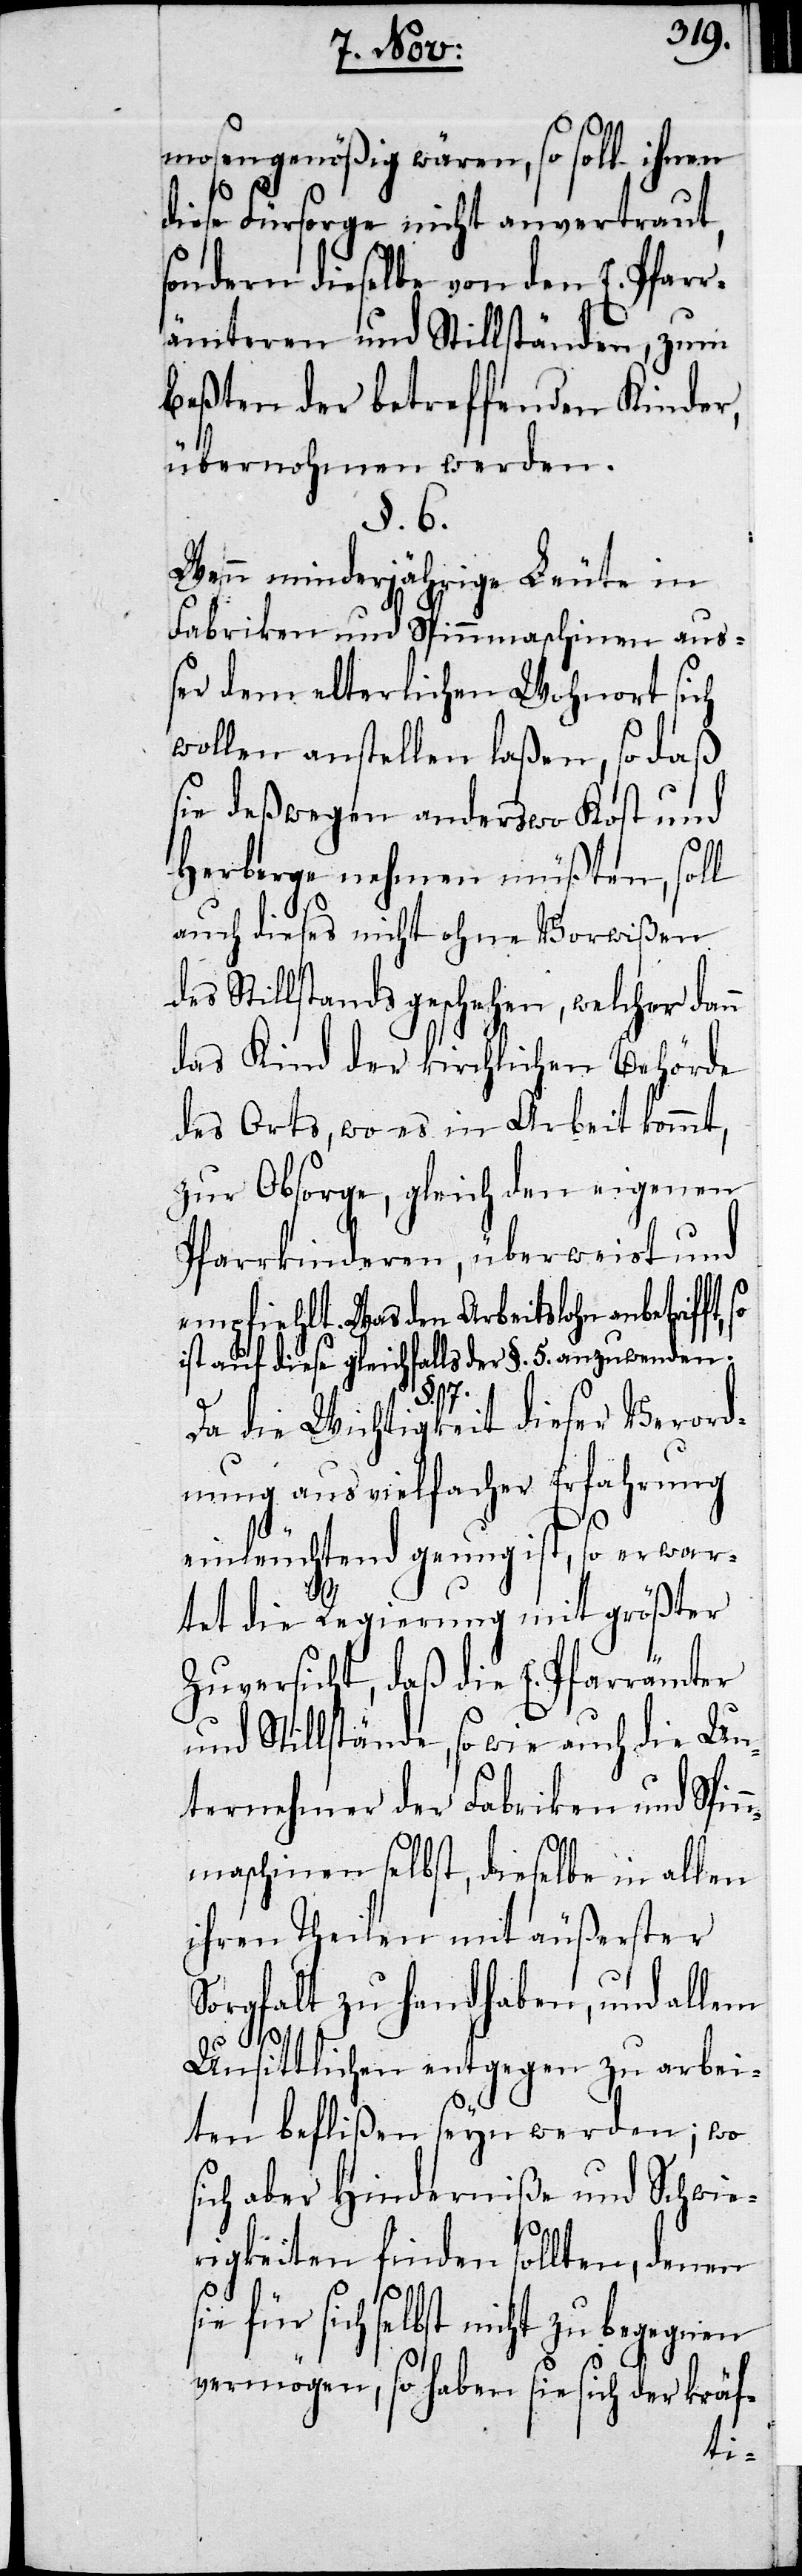
mosengenößig wären, so soll ihnen
diese Fürsorge nicht anvertraut,
sondern dieselbe von den E. Pfarr¬
ämteren und Stillständen, zum
Beßten der betreffenden Kinder,
übernohmen werden.
§. 6.
Wenn minderjährige Leute in
Fabriken und Spinnmaschinen au¬
ßer dem elterlichen Wohnort sich
wollen anstellen laßen, so daß
sie deßwegen anderswo Kost und
Herberge nehmen müßten, soll
auch dieses nicht ohne Vorwißen
des Stillstands geschehen, welcher dann
das Kind der kirchlichen Behörde
des Orts, wo es in Arbeit kommt,
zur Obsorge, gleich den eigenen
Pfarrkinderen, überweist und
empfiehlt. Was den Arbeitslohn anbetrifft,
ist auf diese gleichfalls der §. 5. anzuwenden.
7.
Da die Wichtigkeit dieser Verord¬
nung aus vielfacher Erfahrung
einleuchtend genug ist, so erwar¬
tet die Regierung mit größter
Zuversicht, daß die E. Pfarrämter
und Stillstände, so wie auch die Un¬
ternehmer der Fabriken und Spin¬
nmaschinen selbst, dieselbe in allen
ihren Theilen mit äußerster
Sorgfalt zu handhaben, und allem
Unsittlichen entgegen zu arbei¬
ten beflißen seyn werden; wo
sich aber Hinderniße und Schwie¬
rigkeiten finden sollten, denen
sich selbst nicht zu begegnen
vermögen, so haben sie sich der kräf-